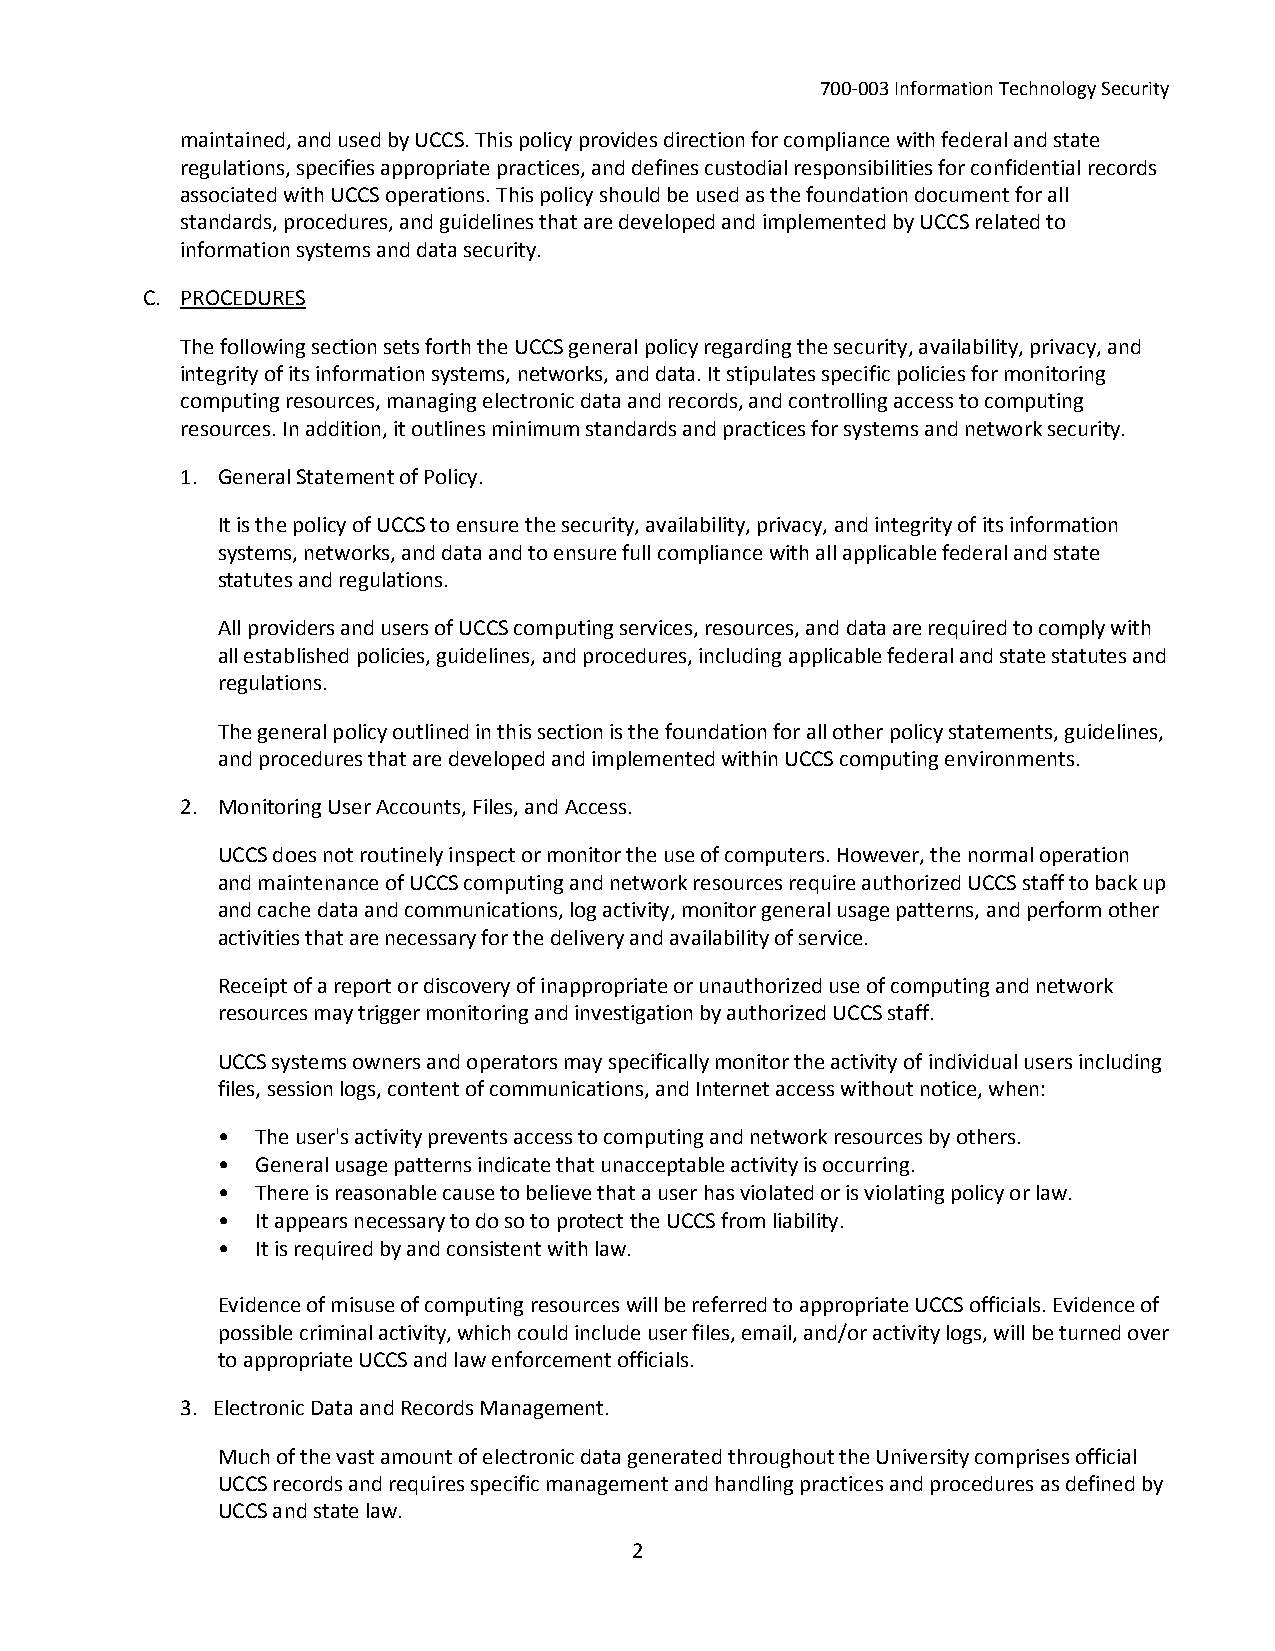
700-003 Information Technology Security
 maintained, and used by UCCS. This policy provides direction for compliance with federal and state
 regulations, specifies appropriate practices, and defines custodial responsibilities for confidential records
 associated with UCCS operations. This policy should be used as the foundation document for all
 standards, procedures, and guidelines that are developed and implemented by UCCS related to
 information systems and data security.
 C. PROCEDURES
 The following section sets forth the UCCS general policy regarding the security, availability, privacy, and
 integrity of its information systems, networks, and data. It stipulates specific policies for monitoring
 computing resources, managing electronic data and records, and controlling access to computing
 resources. In addition, it outlines minimum standards and practices for systems and network security.
 1. General Statement of Policy.
 It is the policy of UCCS to ensure the security, availability, privacy, and integrity of its information
 systems, networks, and data and to ensure full compliance with all applicable federal and state
 statutes and regulations.
 All providers and users of UCCS computing services, resources, and data are required to comply with
 all established policies, guidelines, and procedures, including applicable federal and state statutes and
 regulations.
 The general policy outlined in this section is the foundation for all other policy statements, guidelines,
 and procedures that are developed and implemented within UCCS computing environments.
 2. Monitoring User Accounts, Files, and Access.
 UCCS does not routinely inspect or monitor the use of computers. However, the normal operation
 and maintenance of UCCS computing and network resources require authorized UCCS staff to back up
 and cache data and communications, log activity, monitor general usage patterns, and perform other
 activities that are necessary for the delivery and availability of service.
 Receipt of a report or discovery of inappropriate or unauthorized use of computing and network
 resources may trigger monitoring and investigation by authorized UCCS staff.
 UCCS systems owners and operators may specifically monitor the activity of individual users including
 files, session logs, content of communications, and Internet access without notice, when:
 •  The user's activity prevents access to computing and network resources by others.
 •  General usage patterns indicate that unacceptable activity is occurring.
 •  There is reasonable cause to believe that a user has violated or is violating policy or law.
 •  It appears necessary to do so to protect the UCCS from liability.
 •  It is required by and consistent with law.
 Evidence of misuse of computing resources will be referred to appropriate UCCS officials. Evidence of
 possible criminal activity, which could include user files, email, and/or activity logs, will be turned over
 to appropriate UCCS and law enforcement officials.
 3. Electronic Data and Records Management.
 Much of the vast amount of electronic data generated throughout the University comprises official
 UCCS records and requires specific management and handling practices and procedures as defined by
 UCCS and state law.
 2